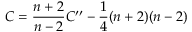
C = \frac { n + 2 } { n - 2 } C ^ { \prime \prime } - \frac { 1 } { 4 } ( n + 2 ) ( n - 2 )